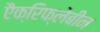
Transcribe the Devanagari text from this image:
एैक्रिफ्लेबीन